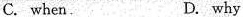
C. when. D. why